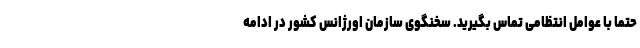
حتما با عوامل انتظامی تماس بگیرید. سخنگوی سازمان اورژانس کشور در ادامه